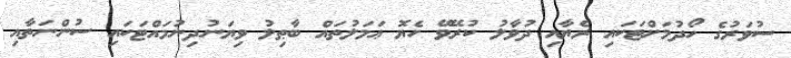
ސުވަރުގެ ހޯދުމަށްޓަކައި ރެޔާއި ދުވާލު ކުރޭވޭ ހެޔޮ ޢަމަލުތައް ބާޠިލު ވިޔަނުދިނުމައްޓަކައި ސުންނަތާއި